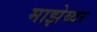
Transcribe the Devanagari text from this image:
माझेब्वर